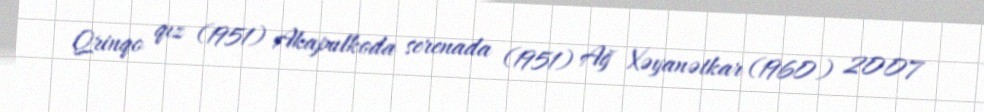
Qrinqo qız (1951) Akapulkoda serenada (1951) Ağ Xəyanətkar (1960) 2007